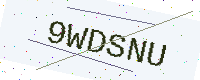
Text: 9WDSNU